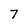
Character: 7